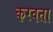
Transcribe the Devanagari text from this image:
करवता